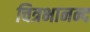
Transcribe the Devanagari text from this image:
चित्रभानन्द